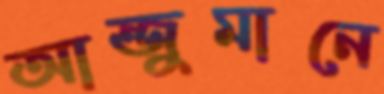
আন্জুমানে